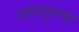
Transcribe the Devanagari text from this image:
आयतुल्ला